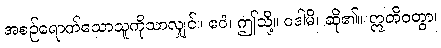
အစဉ်ရောက်သောသူကိုသာလျှင်။ ဧဝံ၊ ဤသို့။ ဝဒါမိ၊ ဆို၏။ ဣတိဝတွာ၊